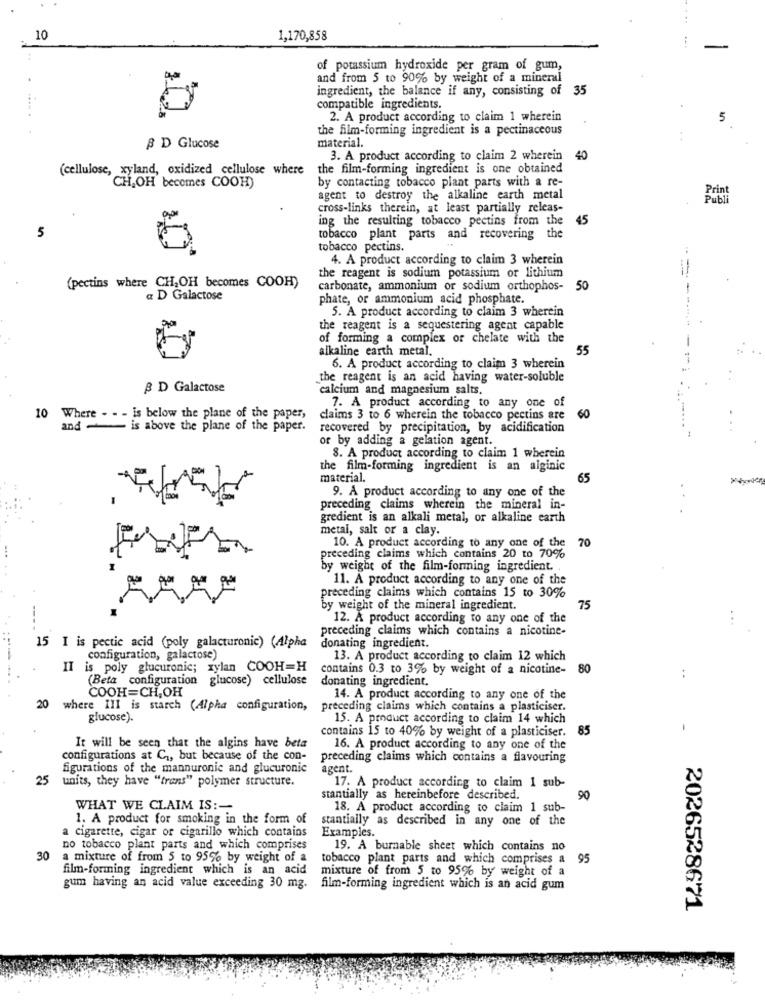
....
10
1,170,858
of potassium hydroxide per gram of gum,
and from 5 to 90% by weight of a mineral
..
ingredient, the balance if any, consisting of 35
compatible ingredients.
2. A product according to claim 1 wherein
the film-forming ingredient is a pectinaceous
material.
B D Glucose
3. A product according to claim 2 wherein
40
(cellulose, xyland, oxidized cellulose where
the film-forming ingredient is one obtained
by contacting tobacco plant parts with a re-
'CH,OH becomes COOH)
Print
agent to destroy the alkaline earth metal
Publi
cross-links therein, at least partially releas-
ing the resulting tobacco pectins from the
45
5
tobacco plant parts and recovering t
tobacco pectins.
4. A product according to claim 3 wherein
the reagent is sodium potassium or lithium
(pectins where CH,OH becomes COOH)
carbonate, ammonium or sodium orthophos-
50
a D Galactose
phate, or ammonium acid phosphate.
5. A product according to claim 3 wherein
the reagent is a sequestering agent capable
of forming a complex or chelate with the
alkaline earth metal.
55
6. A product according to claim 3 wherein
the reagent is an acid having water-soluble
₿ D Galactose
"calcium and magnesium salts.
7. A product according to any one of
10 Where - - - is below the plane of the paper,
claims 3 to 6 wherein the tobacco pectins are
60
and - is above the plane of the paper.
recovered by precipitation, by acidification
or by adding a gelation agent.
8. A product according to claim 1 wherein
the film-forming ingredient is an alginic
material.
65
9. A product according to any one of the
preceding claims wherein the mineral in-
gredient is an alkali metal, or alkaline earth
metal, salt or a clay.
10. A product according to any one of the 70
preceding claims which contains 20 to 70%
by weight of the film-forming ingredient. .
11. A product according to any one of the
preceding claims which contains 15 to 30%
by weight of the mineral ingredient.
75
12. A product according to any one of the
...
preceding claims which contains a nicotine-
15 I is pectic acid (poly galacturonic) (Alpha
donating ingredient.
configuration, galactose)
13. A product according to claim 12 which
II is poly glucuronic; xylan COOH=H
contains 0.3 to 36 by weight of a nicotine-
80
(Beta configuration glucose) cellulose
donating ingredient.
COOH=CH,OH
20
14. A product according to any one of the
where III is starch (Alpha configuration,
preceding claims which contains a plasticiser.
glucose).
15. A product according to claim 14 which
contains 15 to 40% by weight of a plasticiser.
85
-
It will be seen that the algins have beta
16. A product according to any one of the
configurations at C ., but because of the con-
preceding claims which contains a flavouring
figurations of the mannuronic and glucuronic
agent.
25
units, they have "trans" polymer structure.
17. A product according to claim 1 sub-
stantially as hereinbefore described.
90
WHAT WE CLAIM IS :-
18. A product according to claim 1 sub-
1. A product for smoking in the form of
stantially as described in any one of the
a cigarette, cigar or cigarillo which contains
Examples.
no tobacco plant parts and which comprises
19. A burnable sheet which contains no
30
a mixture of from 5 to 95% by weight of a
tobacco plant parts and which comprises a 95
film-forming ingredient which is an acid
mixture of from 5 to 9596 by weight of a
gum having an acid value exceeding 30 mg.
film-forming ingredient which is an acid gum
2026528671